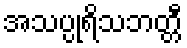
အသပ္ပုရိသဘတ္တီ